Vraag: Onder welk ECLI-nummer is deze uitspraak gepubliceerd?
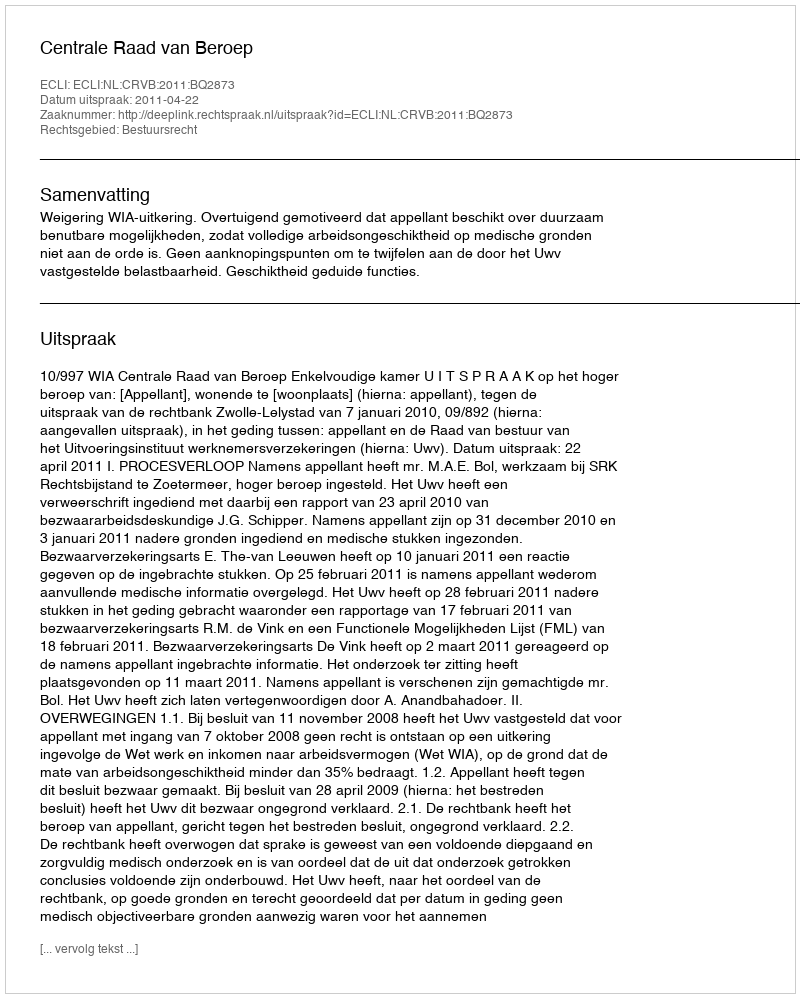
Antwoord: ECLI:NL:CRVB:2011:BQ2873